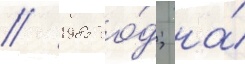
/ 1985 го́д; на́